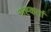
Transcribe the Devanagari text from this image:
सह्कर्ता